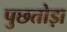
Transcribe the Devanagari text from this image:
पुछतोड़ा